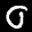
Label: 0